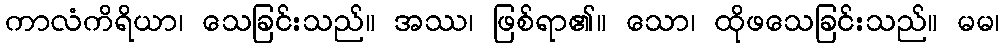
ကာလံကိရိယာ၊ သေခြင်းသည်။ အဿ၊ ဖြစ်ရာ၏။ သော၊ ထိုဖသေခြင်းသည်။ မမ၊